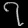
Digit: ၇